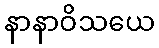
နာနာဝိသယေ